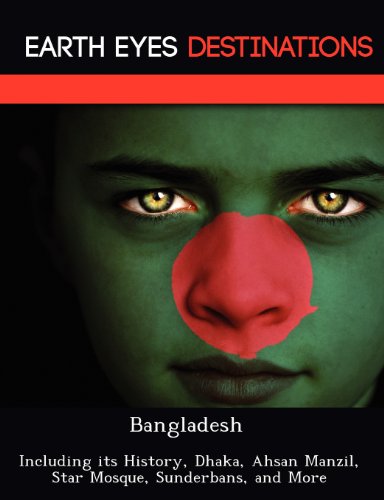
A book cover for Bangladesh: Including its History, Dhaka, Ahsan Manzil, Star Mosque, Sunderbans, and More; Darwin Maron; Travel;